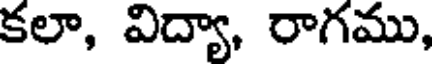
కలా, విద్యా, రాగము,